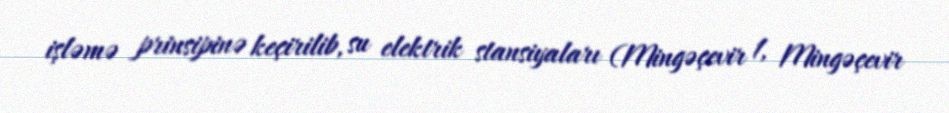
işləmə prinsipinə keçirilib, su elektrik stansiyaları (Mingəçevir 1, Mingəçevir